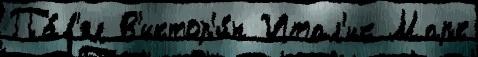
Па́в'ел В'иктор'и́н Итал'ик Марк